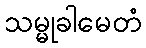
သမ္မုခါမေတံ